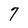
Character: 7